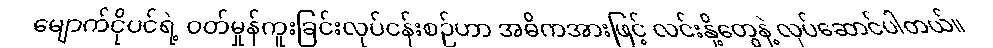
မျောက်ငိုပင်ရဲ့ ဝတ်မှုန်ကူးခြင်းလုပ်ငန်းစဉ်ဟာ အဓိကအားဖြင့် လင်းနို့တွေနဲ့ လုပ်ဆောင်ပါတယ်။